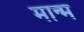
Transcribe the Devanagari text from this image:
मान्म